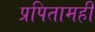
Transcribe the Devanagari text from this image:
प्रपितामही